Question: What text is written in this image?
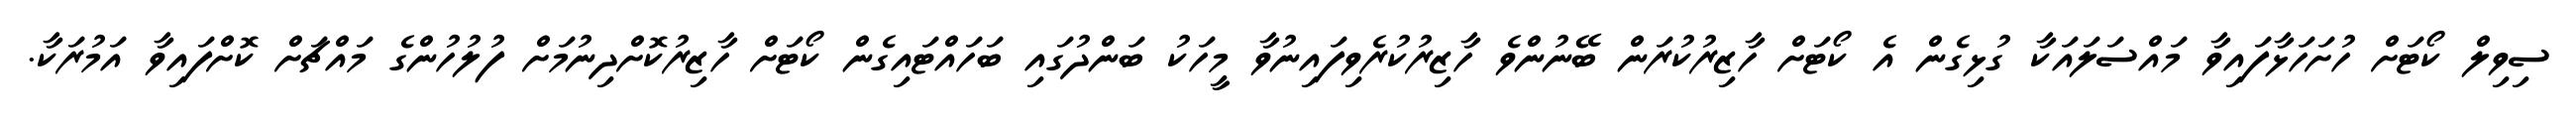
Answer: ސިވިލް ކޯޓަށް ހުށަހަޅާފައިވާ މައްސަލައަކާ ގުޅިގެން އެ ކޯޓަށް ހާޒިރުކުރަން ބޭނުންވެ ހާޒިރުކުރެވިފައިނުވާ މީހަކު ބަންދުގައި ބަހައްޓައިގެން ކޯޓަށް ހާޒިރުކޮށްދިނުމަށް ފުލުހުންގެ މައްޗަށް ކޮށްފައިވާ އަމުރަކާ.